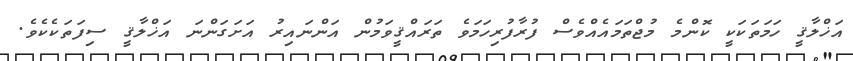
އަޚްލާޤީ ހަމަތަކަކީ ކޮންމެ މުޖްތަމައެއްވެސް ފުރާފުރިހަމަވެ ތަރައްޤީވަމުން އަންނައިރު އަށަގަންނަ އަޚްލާޤީ ސިފަތަކެކެވެ.